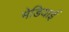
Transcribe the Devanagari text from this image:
मेडियाई